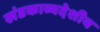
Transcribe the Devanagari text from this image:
खंडकाव्यदेशीय